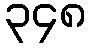
၃၄၈